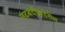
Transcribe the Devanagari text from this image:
तटबंदीबाहेरील